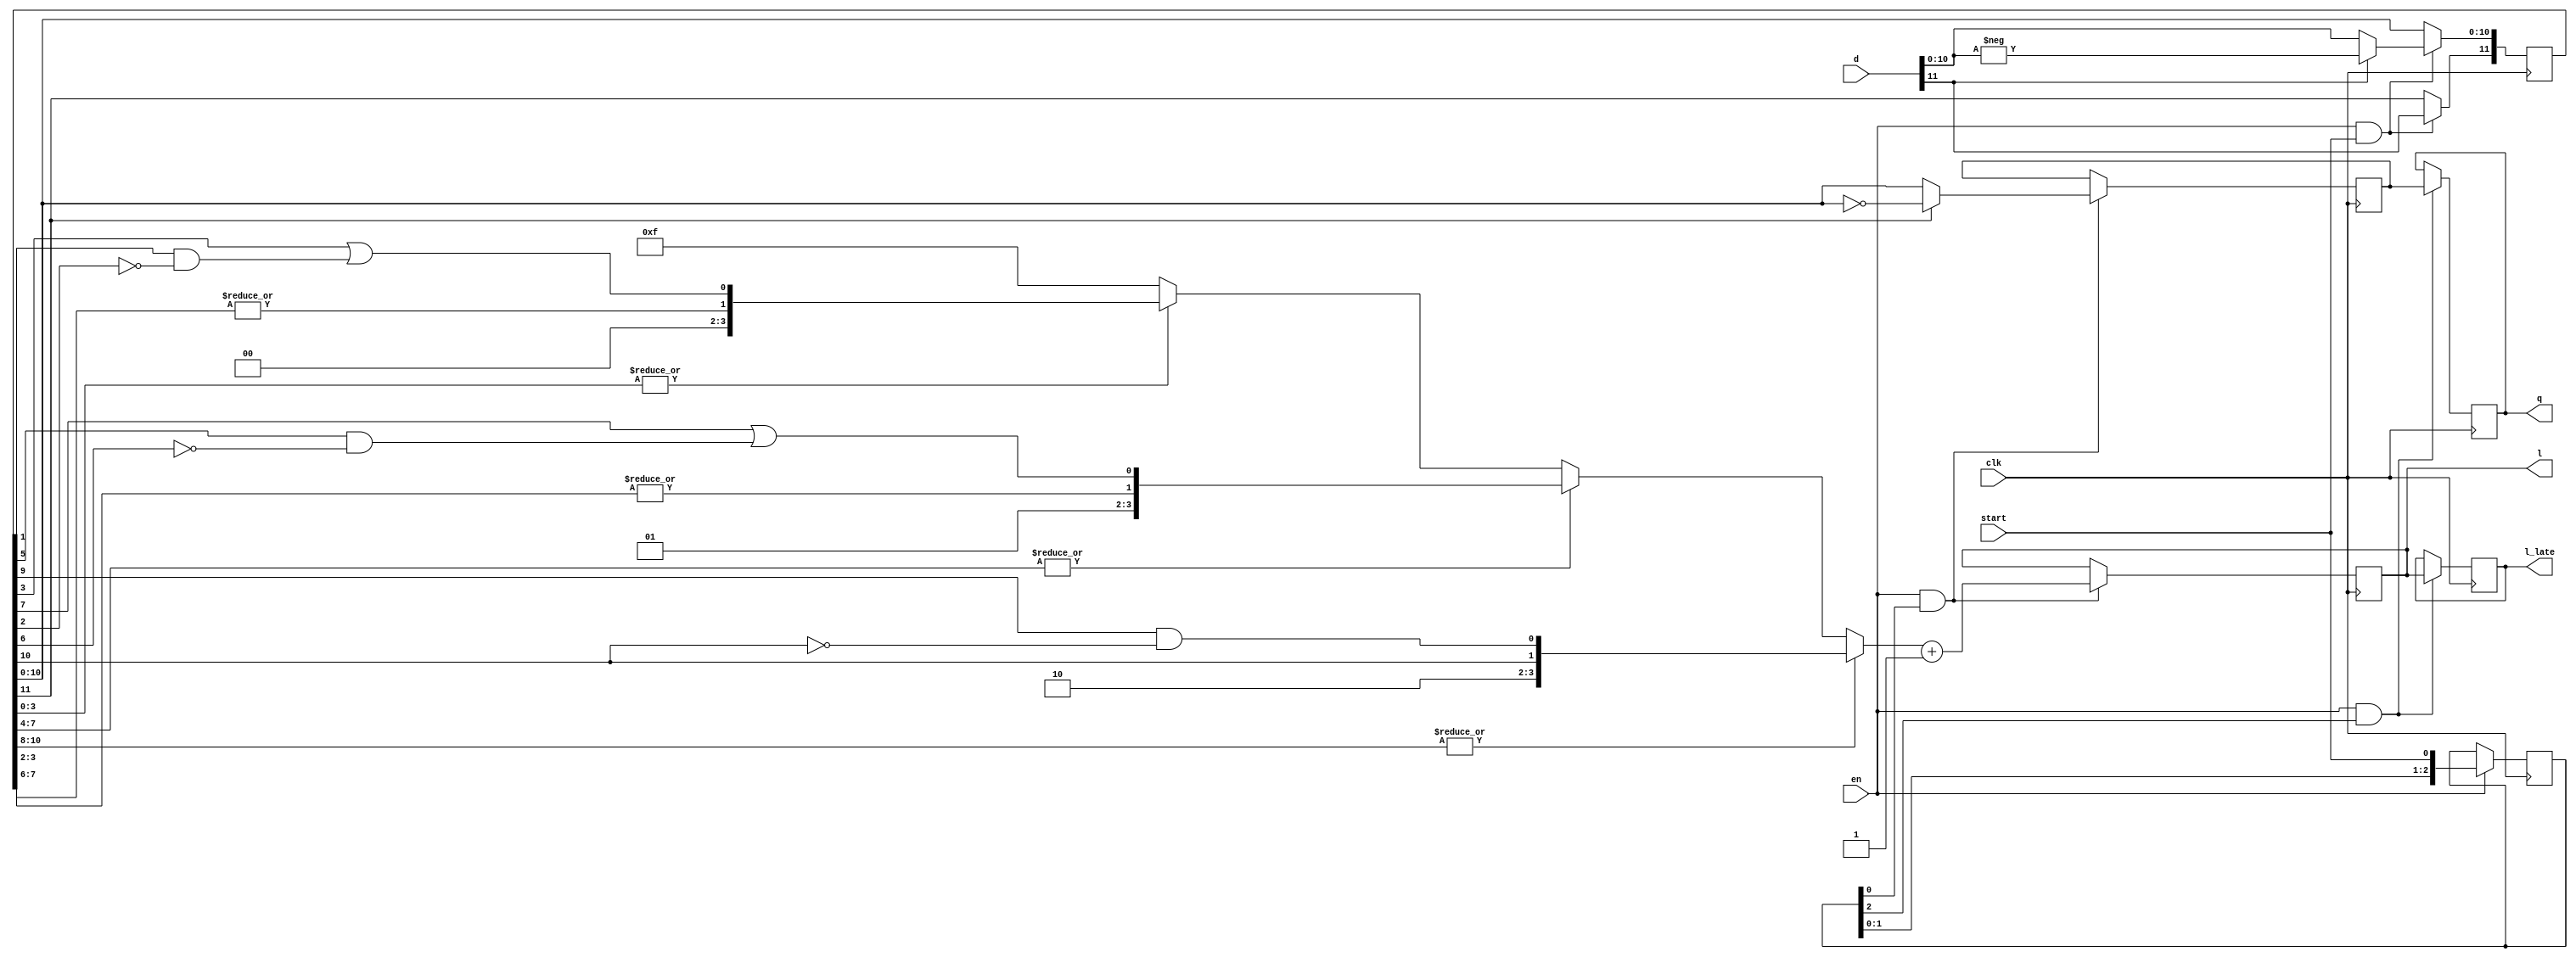
/*!
 * <b>Module:</b>varlen_encode393
 * @file varlen_encode393.v
 * @author Andrey Filippov     
 *
 * @brief Part of the Huffman encoder for JPEG compressor - variable length encoder.
 * Used double clock rate, superseded by varlen_encode_snglclk, left for comparison.
 * 
 * Encoder will work 2 cycles per "normal" word, 1 cycle for codes "00" and "f0",
 * only magnitude output is needed ASAP (2 cycles, the value out should be
 * valid on the 5-th cycle - it will latency 4 cycles run each other cycle.
 * Later implementsed a shortcut - all codes processed in 2 cycles.
 *
 * @copyright Copyright (c) 2002-2015 Elphel, Inc.
 *
 * <b>License:</b>
 *
 * varlen_encode393.v is free software; you can redistribute it and/or modify
 * it under the terms of the GNU General Public License as published by
 * the Free Software Foundation, either version 3 of the License, or
 * (at your option) any later version.
 *
 * varlen_encode393.v is distributed in the hope that it will be useful,
 * but WITHOUT ANY WARRANTY; without even the implied warranty of
 * MERCHANTABILITY or FITNESS FOR A PARTICULAR PURPOSE.  See the
 * GNU General Public License for more details.
 *
 * You should have received a copy of the GNU General Public License
 * along with this program.  If not, see <http://www.gnu.org/licenses/> .
 *
 * Additional permission under GNU GPL version 3 section 7:
 * If you modify this Program, or any covered work, by linking or combining it
 * with independent modules provided by the FPGA vendor only (this permission
 * does not extend to any 3-rd party modules, "soft cores" or macros) under
 * different license terms solely for the purpose of generating binary "bitstream"
 * files and/or simulating the code, the copyright holders of this Program give
 * you the right to distribute the covered work without those independent modules
 * as long as the source code for them is available from the FPGA vendor free of
 * charge, and there is no dependence on any encrypted modules for simulating of
 * the combined code. This permission applies to you if the distributed code
 * contains all the components and scripts required to completely simulate it
 * with at least one of the Free Software programs.
 */
//used the other edge of the clk2x

module    varlen_encode393 (
    input             clk,       // twice frequency - uses negedge inside
    input              en,       // will enable registers. 0 - freeze at once
    input              start, // (not faster than each other cycle)
    input       [11:0] d,        // 12-bit signed
    output reg   [3:0] l,        // [3:0] code length
    output reg   [3:0] l_late,// delayed l (sync to q)
    output reg  [10:0] q);    // [10:0]code

    reg    [11:0] d1;
    reg    [10:0] q0;
    reg     [2:0] cycles;

    wire          this0 =  |d1[ 3:0];
    wire          this1 =  |d1[ 7:4];
    wire          this2 =  |d1[10:8];
    wire    [1:0] codel0 = {|d1[ 3: 2],d1[ 3] || (d1[ 1] & ~d1[ 2])};
    wire    [1:0] codel1 = {|d1[ 7: 6],d1[ 7] || (d1[ 5] & ~d1[ 6])};
    wire    [1:0] codel2 = {|d1[   10],          (d1[ 9] & ~d1[10])};
    wire    [3:0] codel =  this2? {2'b10,codel2[1:0]} :
                     (this1? {2'b01, codel1[1:0]} :
                             (this0 ? {2'b00,codel0[1:0]} : 4'b1111));    // after +1 will be 0;

    always @ (negedge clk)  if (en) begin
        cycles[2:0]    <= {cycles[1:0],start};
    end

    always @ (negedge clk) if (en && start) begin
        d1[  11]    <=  d[11];
        d1[10:0]    <=  d[11]?-d[10:0]:d[10:0];
    end

    always @ (negedge clk) if (en & cycles[0]) begin
        q0[10:0]    <= d1[11]?~d1[10:0]:d1[10:0];
        l    <= codel[3:0]+1;    // needed only ASAP, valid only 2 cycles after start
    end
    
    always @ (negedge clk) if (en & cycles[2]) begin
        q[10:0]    <= q0[10:0];
        l_late[3:0]    <= l[3:0];
    end

endmodule